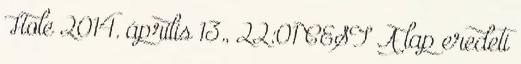
Hole 2014. április 13., 22:01 CEST A lap eredeti